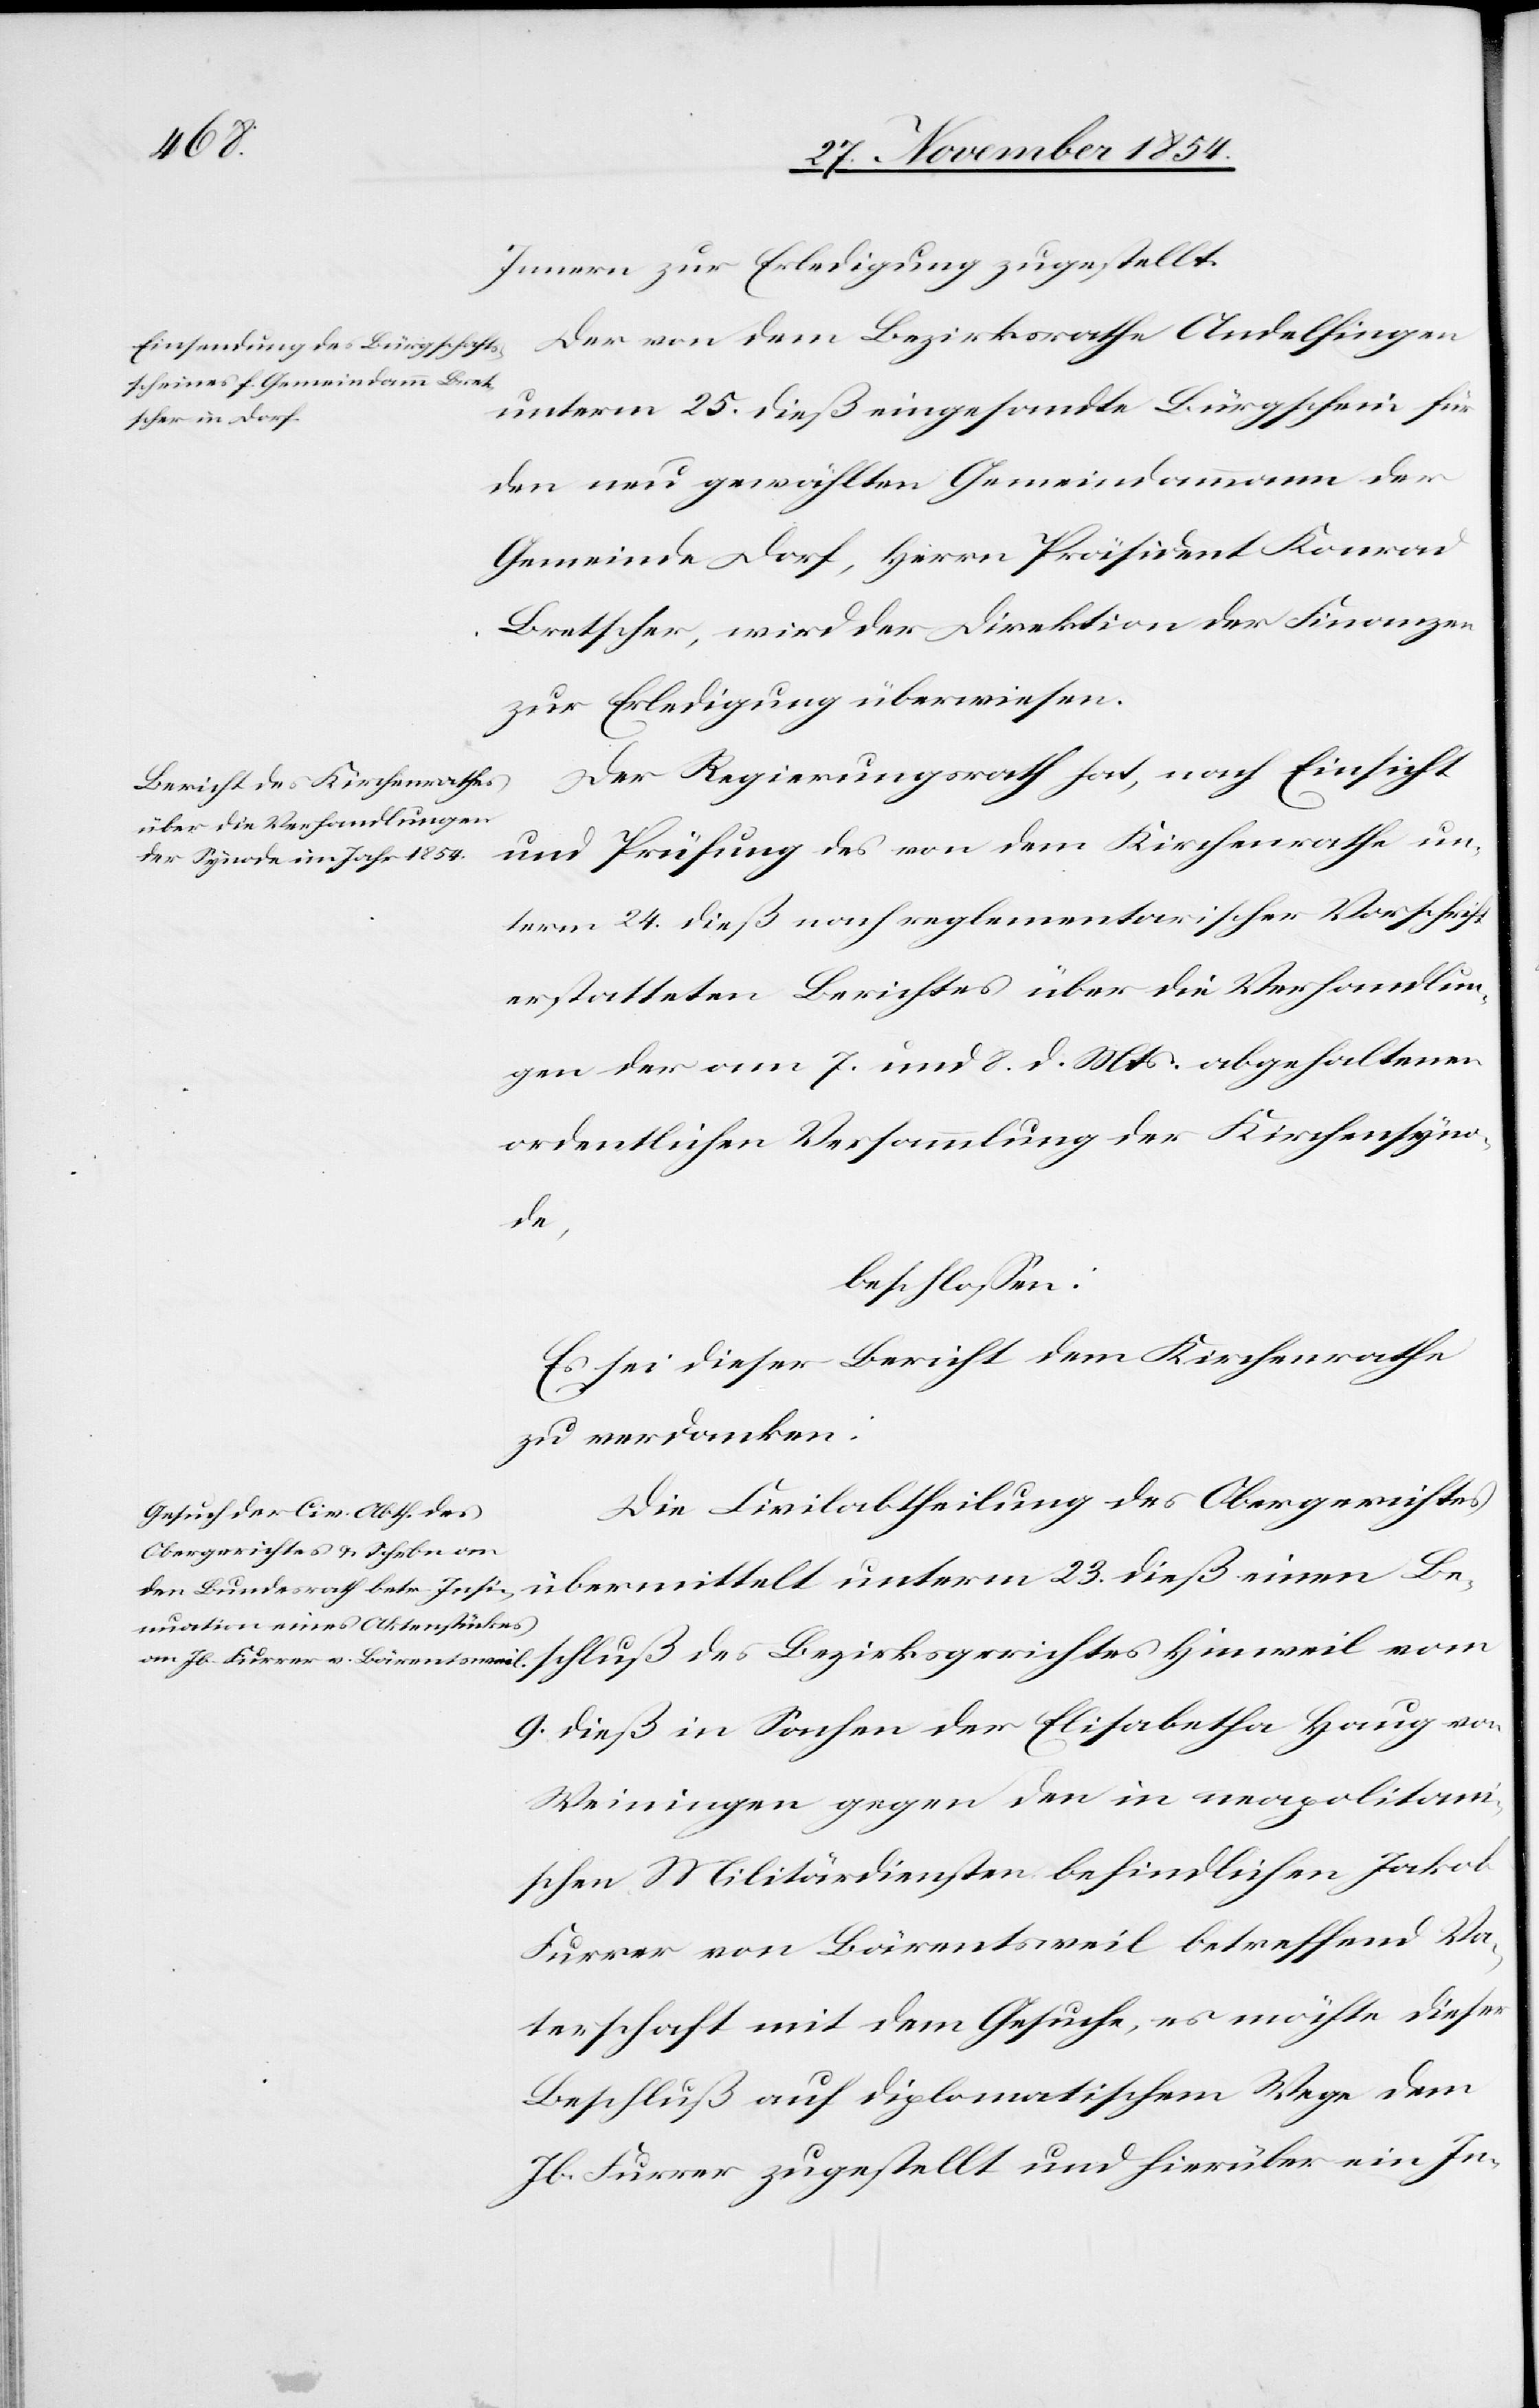
Innern zur Erledigung zugestellt.
unterm 25. dieß eingesandte Bürgschein für
den neu gewählten Gemeindammann der
Gemeinde Dorf, Herrn Präsident Konrad
Bretscher, wird der Direktion der Finanzen
zur Erledigung überwiesen.
Der Regierungsrath hat, nach Einsicht
und Prüfung des von dem Kirchenrathe un¬
term 24. dieß nach reglementarischer Vorschrift
erstatteten Berichtes über die Verhandlun¬
gen der am 7. und 8. d. Mts. abgehaltenen
ordentlichen Versammlung der Kirchensyno¬
des
beschloßen:
Es sei dieser Bericht dem Kirchenrathe
zu verdanken.
Die Civilabtheilung des Obergerichtes
übermittelt unterm 23. dieß einen Be¬
9. dieß in Sachen der Elisabetha Haug von
Weiningen gegen den in neapolitani¬
schen Militärdiensten befindlichen Jakob
Furrer von Bärentsweil betreffend Va¬
terschaft mit dem Gesuche, es möchte dieser
Beschluß auf diplomatischem Wege dem
Jb. Furrer zugestellt und hierüber ein In-